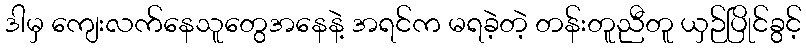
ဒါမှ ကျေးလက်နေသူတွေအနေနဲ့ အရင်က မရခဲ့တဲ့ တန်းတူညီတူ ယှဉ်ပြိုင်ခွင့်